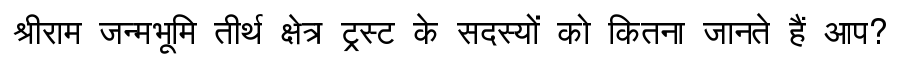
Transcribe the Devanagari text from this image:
श्रीराम जन्मभूमि तीर्थ क्षेत्र ट्रस्ट के सदस्यों को कितना जानते हैं आप?